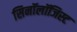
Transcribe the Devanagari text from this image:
सिनॉलॉजिस्ट